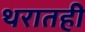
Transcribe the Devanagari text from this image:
थरातही